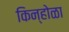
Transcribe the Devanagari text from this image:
किन्होळा